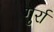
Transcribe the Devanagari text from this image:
गुर्रा